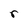
Character: r